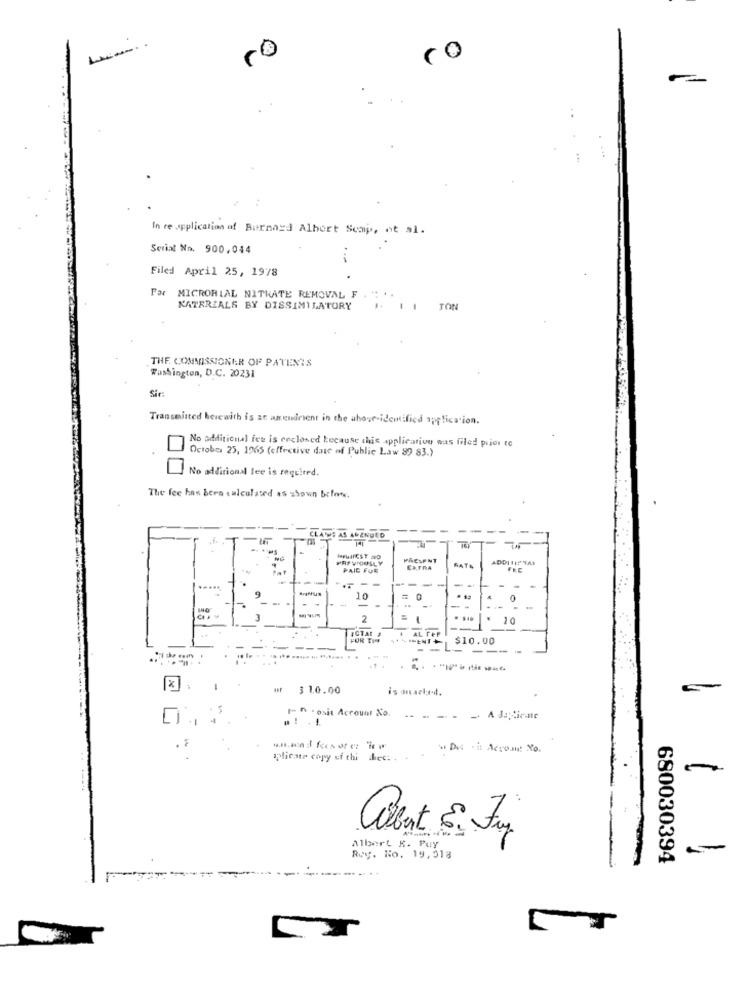
..
In re application of Burnard Albert Soap, et al.
Serial No. 900,044
Filed April 25, 1978
MICRORIAL NITHATE REMOVAL F
KATERIALS BY DISSIMILATORY
TON
THE COMMISSIONER OF PATENTS
Washington, D.C. 20231
Sir:
Transmitted herewith is an amendment in the above-idemified application.
No additional fee is enclosed because this application was filed prior to
October 25, 1965 (effective date of Public Law 89 83.)
No additional lee is required.
The fee has bere calculated as shown below.
CLAIMS AS ANENUCO
PREVIOUSLY
PRESENT
PAID FOR
CATRA
RATE
-.
.....
10
-
--
2
10
ICTAL #
AL FeF
FOR TI
$10.00
--
x
$ 10.00
1-n - osit Account No.
#! . 1
plicate copy of chi
Albert K. Puy
Rey. No. 19,318
680030394